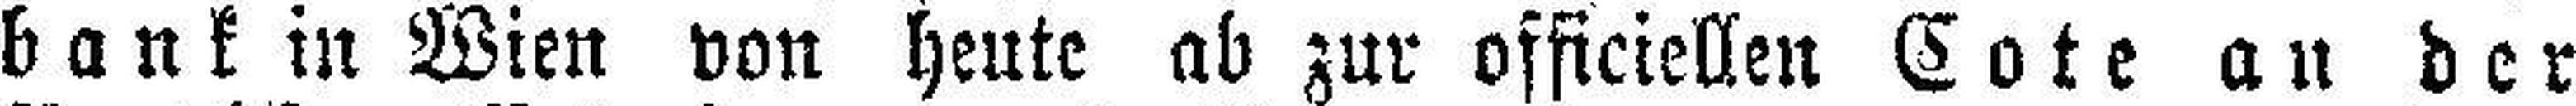
bank in Wien von heute ab zur officiellen Cote an der